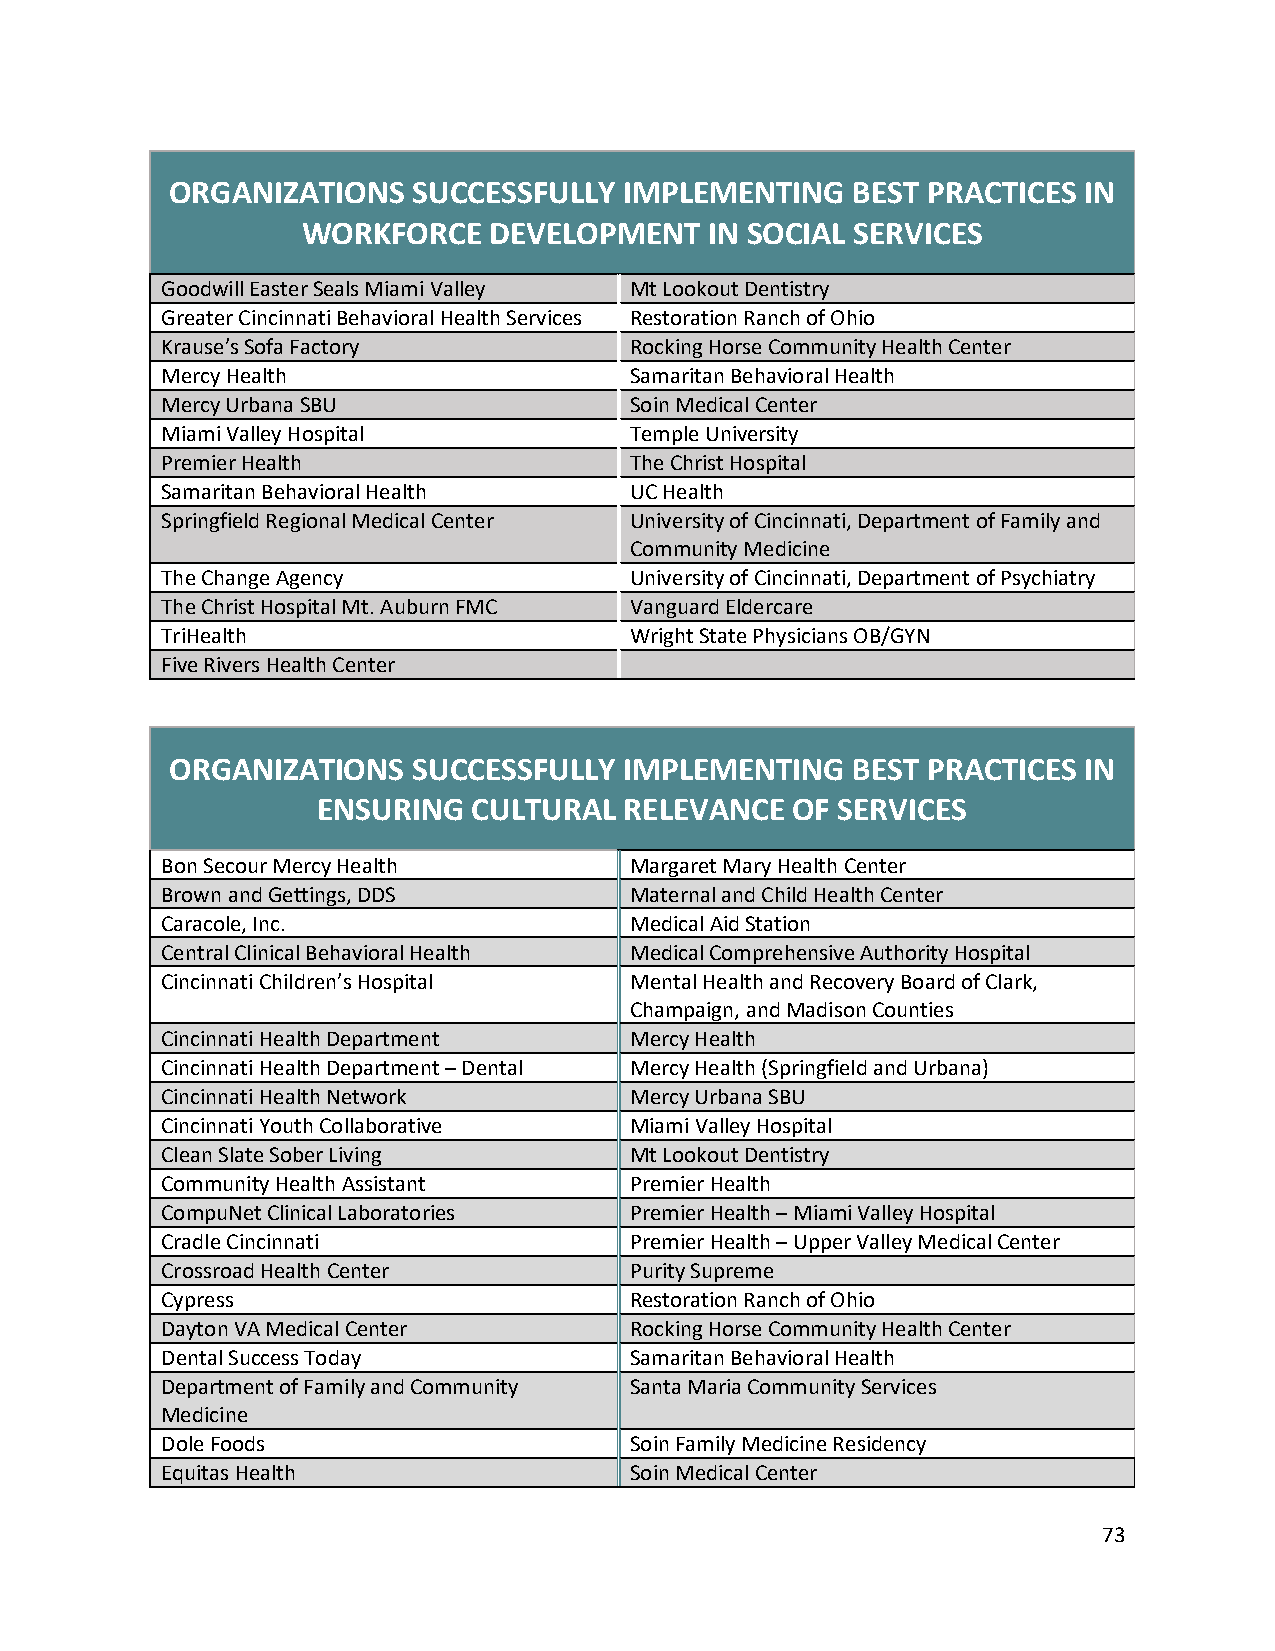
ORGANIZATIONS   SUCCESSFULLY  IMPLEMENTING   BEST PRACTICES  IN
 WORKFORCE   DEVELOPMENT    IN SOCIAL SERVICES
 Goodwill Easter Seals Miami Valley Mt Lookout Dentistry
 Greater Cincinnati Behavioral Health Services Restoration Ranch of Ohio
 Krause’s Sofa Factory          Rocking Horse Community Health Center
 Mercy Health                   Samaritan Behavioral Health
 Mercy Urbana SBU               Soin Medical Center
 Miami Valley Hospital          Temple University
 Premier Health                 The Christ Hospital
 Samaritan Behavioral Health    UC Health
 Springfield Regional Medical Center University of Cincinnati, Department of Family and
 Community Medicine
 The Change Agency              University of Cincinnati, Department of Psychiatry
 The Christ Hospital Mt. Auburn FMC Vanguard Eldercare
 TriHealth                      Wright State Physicians OB/GYN
 Five Rivers Health Center
 ORGANIZATIONS   SUCCESSFULLY  IMPLEMENTING   BEST PRACTICES  IN
 ENSURING  CULTURAL  RELEVANCE  OF SERVICES
 Bon Secour Mercy Health        Margaret Mary Health Center
 Brown and Gettings, DDS        Maternal and Child Health Center
 Caracole, Inc.                 Medical Aid Station
 Central Clinical Behavioral Health Medical Comprehensive Authority Hospital
 Cincinnati Children’s Hospital Mental Health and Recovery Board of Clark,
 Champaign, and Madison Counties
 Cincinnati Health Department   Mercy Health
 Cincinnati Health Department – Dental Mercy Health (Springfield and Urbana)
 Cincinnati Health Network      Mercy Urbana SBU
 Cincinnati Youth Collaborative Miami Valley Hospital
 Clean Slate Sober Living       Mt Lookout Dentistry
 Community Health Assistant     Premier Health
 CompuNet Clinical Laboratories Premier Health – Miami Valley Hospital
 Cradle Cincinnati              Premier Health – Upper Valley Medical Center
 Crossroad Health Center        Purity Supreme
 Cypress                        Restoration Ranch of Ohio
 Dayton VA Medical Center       Rocking Horse Community Health Center
 Dental Success Today           Samaritan Behavioral Health
 Department of Family and Community Santa Maria Community Services
 Medicine
 Dole Foods                     Soin Family Medicine Residency
 Equitas Health                 Soin Medical Center
 73